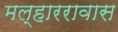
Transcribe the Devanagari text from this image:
मल्हाररावास